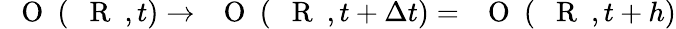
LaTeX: \mathrm{~{~\mathbf~O~}~}(\mathrm{~{~\mathbf~R~}~},t)\to\mathrm{~{~\mathbf~O~}~}(\mathrm{~{~\mathbf~R~}~},t+\Delta t)=\mathrm{~{~\mathbf~O~}~}(\mathrm{~{~\mathbf~R~}~},t+h)